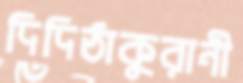
দিদিঠাকুরানী